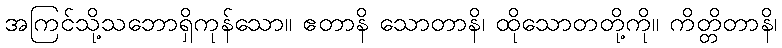
အကြင်သို့သဘောရှိကုန်သော။ ဧတာနိ သောတာနိ၊ ထိုသောတတို့ကို။ ကိတ္တိတာနိ၊